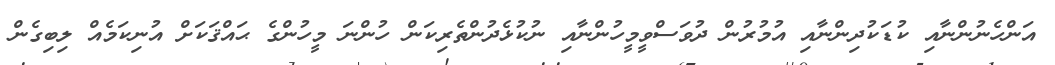
އަންހެނުންނާއި ކުޑަކުދިންނާއި އުމުރުން ދުވަސްވީމީހުންނާއި ނުކުޅެދުންތެރިކަން ހުންނަ މީހުންގެ ޙައްޤަކަށް އުނިކަމެއް ލިބިގެން